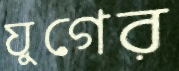
যুগের